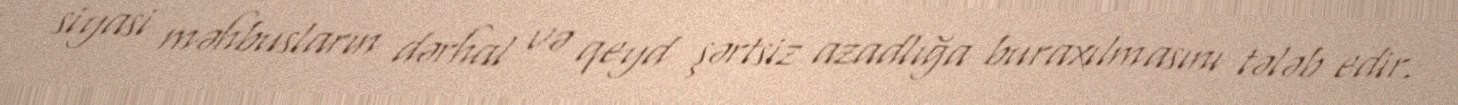
siyasi məhbusların dərhal və qeyd şərtsiz azadlığa buraxılmasını tələb edir.